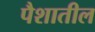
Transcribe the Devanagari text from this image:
पैशातील